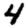
Digit: 4